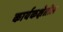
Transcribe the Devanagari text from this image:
कार्यकक्षेतील